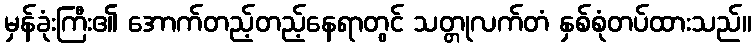
မှန်ခုံးကြီး၏ အောက်တည့်တည့်နေရာတွင် သတ္တုလက်တံ နှစ်စုံတပ်ထားသည်။